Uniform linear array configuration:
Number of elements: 16
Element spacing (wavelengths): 0.5
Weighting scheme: uniform
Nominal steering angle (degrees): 45
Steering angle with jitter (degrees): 46.27
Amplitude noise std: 0.05
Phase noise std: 0.05

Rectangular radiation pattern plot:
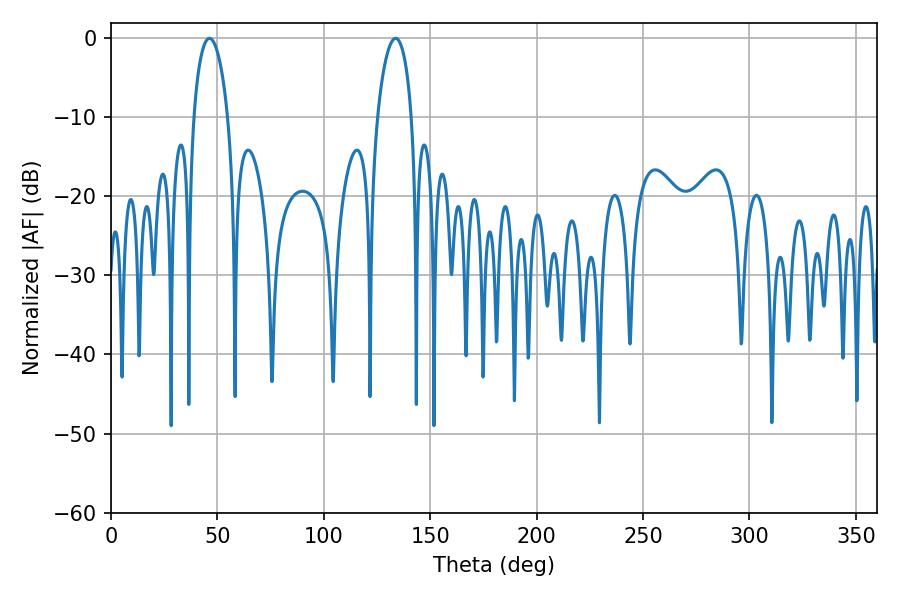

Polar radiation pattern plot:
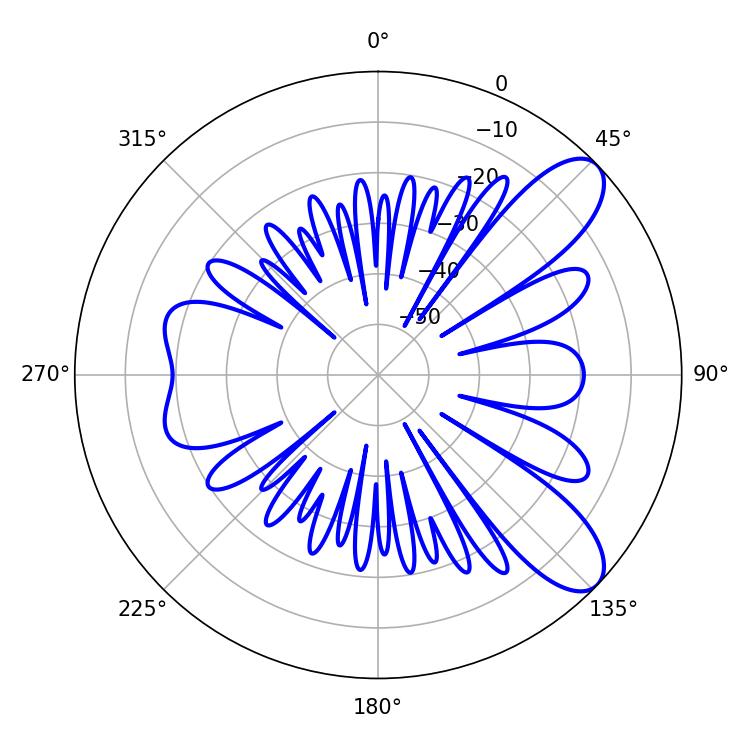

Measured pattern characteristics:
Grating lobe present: FALSE
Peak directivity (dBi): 9.124
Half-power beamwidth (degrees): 9.18
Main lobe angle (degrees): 46.26